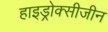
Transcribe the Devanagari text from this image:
हाइड्रोक्सीजीन